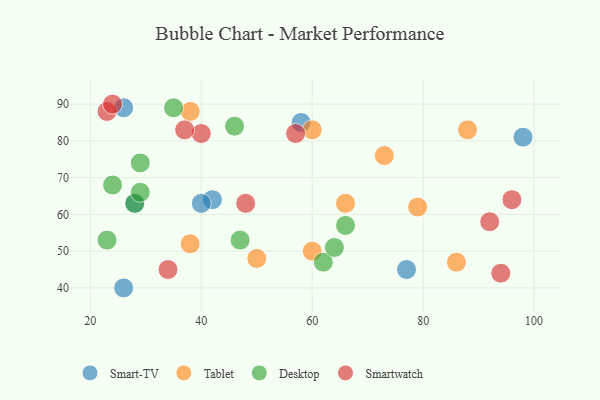
{"axis": {"x": "GDP", "y": "Life Expectancy"}, "legend": ["Desktop", "Smart-TV", "Smartwatch", "Tablet"], "data": [{"x": "98", "y": 81, "type": "Smart-TV"}, {"x": "42", "y": 64, "type": "Smart-TV"}, {"x": "26", "y": 89, "type": "Smart-TV"}, {"x": "26", "y": 40, "type": "Smart-TV"}, {"x": "40", "y": 63, "type": "Smart-TV"}, {"x": "28", "y": 63, "type": "Smart-TV"}, {"x": "58", "y": 85, "type": "Smart-TV"}, {"x": "77", "y": 45, "type": "Smart-TV"}, {"x": "38", "y": 88, "type": "Tablet"}, {"x": "73", "y": 76, "type": "Tablet"}, {"x": "60", "y": 83, "type": "Tablet"}, {"x": "86", "y": 47, "type": "Tablet"}, {"x": "50", "y": 48, "type": "Tablet"}, {"x": "66", "y": 63, "type": "Tablet"}, {"x": "79", "y": 62, "type": "Tablet"}, {"x": "60", "y": 50, "type": "Tablet"}, {"x": "88", "y": 83, "type": "Tablet"}, {"x": "38", "y": 52, "type": "Tablet"}, {"x": "46", "y": 84, "type": "Desktop"}, {"x": "62", "y": 47, "type": "Desktop"}, {"x": "29", "y": 74, "type": "Desktop"}, {"x": "64", "y": 51, "type": "Desktop"}, {"x": "28", "y": 63, "type": "Desktop"}, {"x": "23", "y": 53, "type": "Desktop"}, {"x": "35", "y": 89, "type": "Desktop"}, {"x": "66", "y": 57, "type": "Desktop"}, {"x": "47", "y": 53, "type": "Desktop"}, {"x": "24", "y": 68, "type": "Desktop"}, {"x": "29", "y": 66, "type": "Desktop"}, {"x": "94", "y": 44, "type": "Smartwatch"}, {"x": "57", "y": 82, "type": "Smartwatch"}, {"x": "34", "y": 45, "type": "Smartwatch"}, {"x": "92", "y": 58, "type": "Smartwatch"}, {"x": "40", "y": 82, "type": "Smartwatch"}, {"x": "48", "y": 63, "type": "Smartwatch"}, {"x": "37", "y": 83, "type": "Smartwatch"}, {"x": "96", "y": 64, "type": "Smartwatch"}, {"x": "23", "y": 88, "type": "Smartwatch"}, {"x": "24", "y": 90, "type": "Smartwatch"}]}